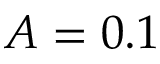
A = 0 . 1